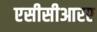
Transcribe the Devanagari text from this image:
एसीसीआरए